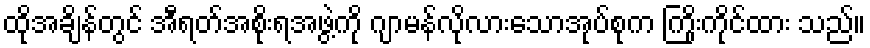
ထိုအချိန်တွင် အီရတ်အစိုးရအဖွဲ့ကို ဂျာမန်လိုလားသောအုပ်စုက ကြိုးကိုင်ထား သည်။